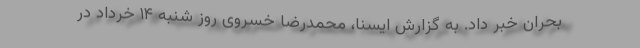
بحران خبر داد. به گزارش ایسنا، محمدرضا خسروی روز شنبه ۱۴ خرداد در